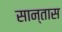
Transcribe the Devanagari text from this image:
सान्तास